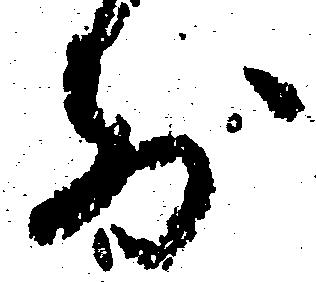
前